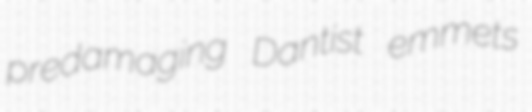
predamaging Dantist emmets